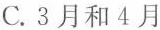
C.3月和4月